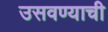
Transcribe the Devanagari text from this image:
उसवण्याची